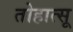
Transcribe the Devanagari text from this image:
तोहात्सू